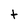
Character: t